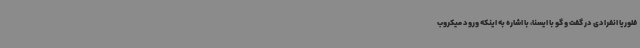
فلوریا انفرادی در گفت و گو با ایسنا، با اشاره به اینکه ورود میکروب